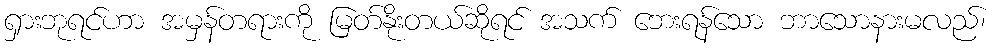
ရှားဘုရင်ဟာ အမှန်တရားကို မြတ်နိုးတယ်ဆိုရင် အသက် ဘေးရန်သော ဘာသောနားမလည်၊